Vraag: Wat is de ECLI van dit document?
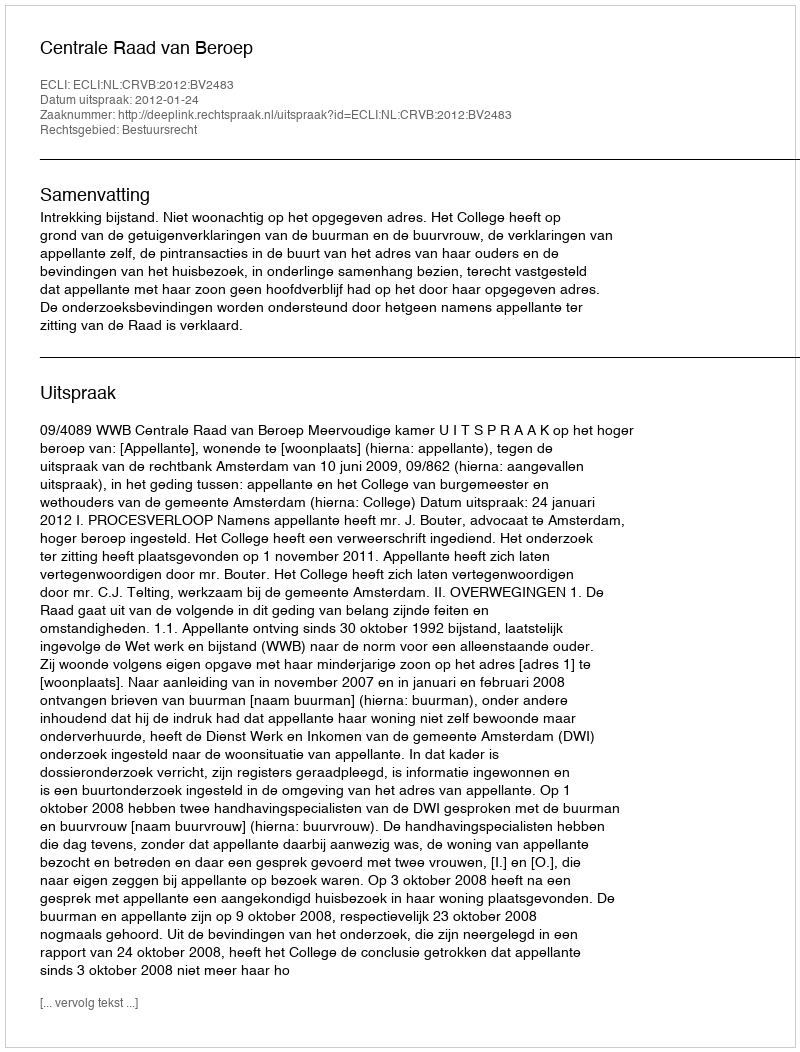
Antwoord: ECLI:NL:CRVB:2012:BV2483